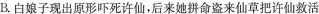
B.白娘子现出原形吓死许仙，后来她拼命盗来仙草把许仙救活